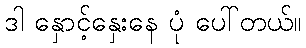
ဒါ နှောင့်နှေးနေ ပုံ ပေါ်တယ်။